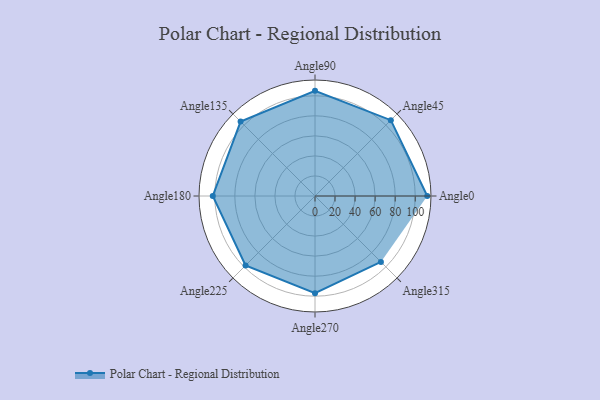
{"axis": {"x": "Angle", "y": "Radius"}, "legend": [""], "data": [{"x": "Angle0", "y": 112.0, "type": ""}, {"x": "Angle45", "y": 107.0, "type": ""}, {"x": "Angle90", "y": 105.0, "type": ""}, {"x": "Angle135", "y": 105.0, "type": ""}, {"x": "Angle180", "y": 102.0, "type": ""}, {"x": "Angle225", "y": 98.0, "type": ""}, {"x": "Angle270", "y": 97.0, "type": ""}, {"x": "Angle315", "y": 93.0, "type": ""}]}